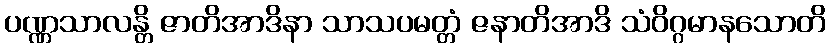
ပဏ္ဏသာလန္တိ ဇာတိအာဒိနာ သာသပမတ္တံ ဇနာတိအာဒိ သံဝိဂ္ဂမာနသောတိ